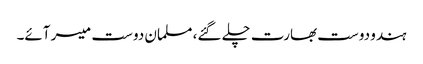
ہندو دوست بھارت چلے گئے، مسلمان دوست میسر آئے۔